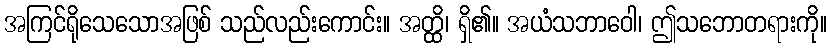
အကြင်ရိုသေသောအဖြစ် သည်လည်းကောင်း။ အတ္ထိ၊ ရှိ၏။ အယံသဘာဝေါ၊ ဤသဘောတရားကို။